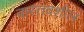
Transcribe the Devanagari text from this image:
वास्तवशील